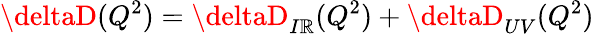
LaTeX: \deltaD(Q^{2})=\deltaD_{I\mathbb{R}}(Q^{2})+\deltaD_{UV}(Q^{2})